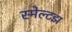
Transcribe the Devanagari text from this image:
स्मेल्टझ